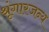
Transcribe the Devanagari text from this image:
श्रृंगारजन्य